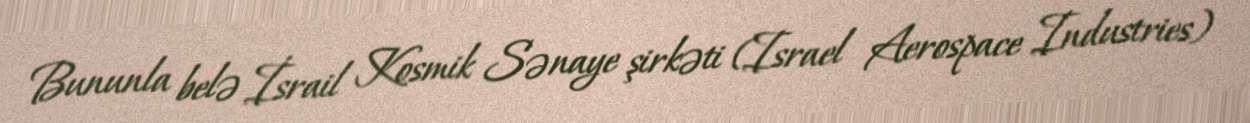
Bununla belə İsrail Kosmik Sənaye şirkəti (Israel Aerospace Industries)